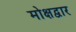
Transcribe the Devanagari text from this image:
मोक्षद्वार